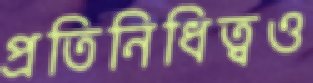
প্রতিনিধিত্বও